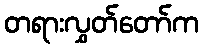
တရားလွှတ်တော်က